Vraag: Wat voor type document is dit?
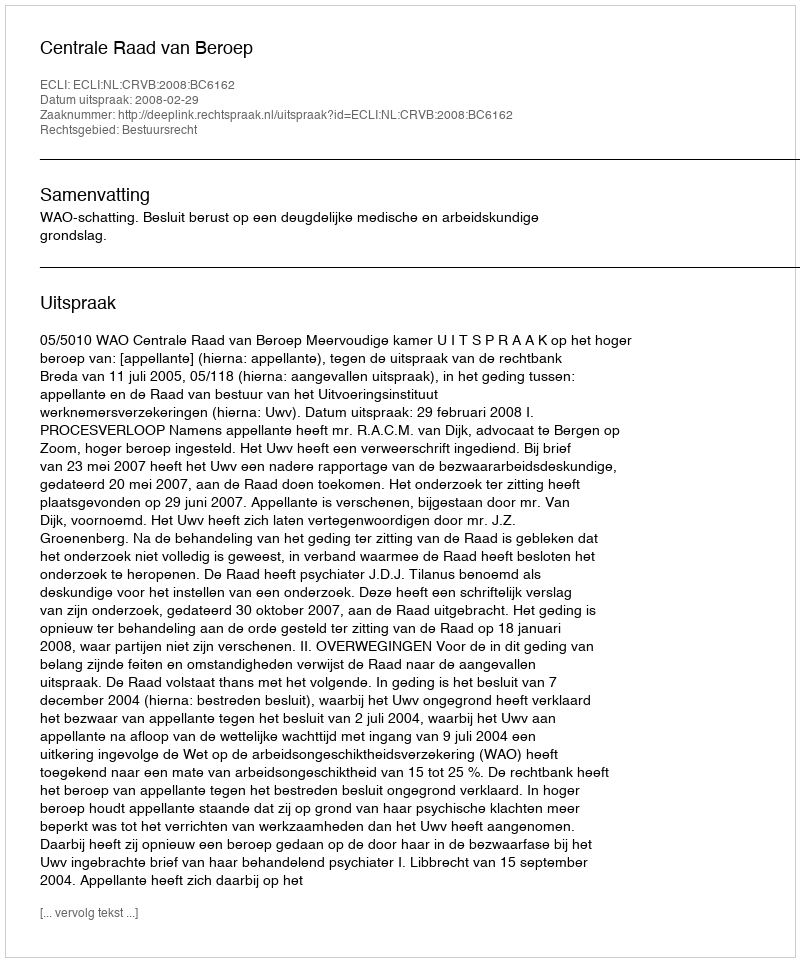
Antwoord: Uitspraak